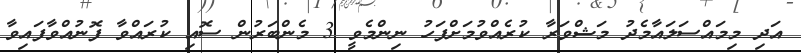
އަދި މިމައްސަލައާމެދު މަޝްވަރާ ކުރެއްވުމަށްފަހު ނިންމެވީ 3 މެންބަރުން ސޮއި ކުރައްވާ ފޮނުއްވާފައިވާ